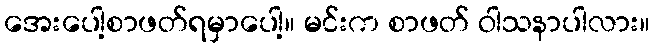
အေးပေါ့စာဖတ်ရမှာပေါ့။ မင်းက စာဖတ် ဝါသနာပါလား။